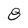
Character: 8